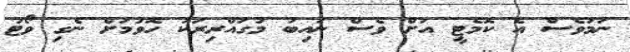
ނަމަވެސް އެ ކޮމެޓީ އަށް ވެސް ނައިބު މުގައްރިރަކު ހޮވުމަށް ނެގި ވޯޓު